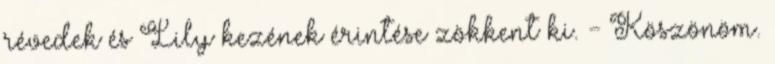
révedek és Lily kezének érintése zökkent ki. - Köszönöm.